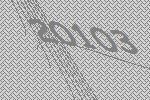
20103